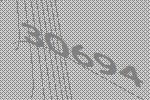
30694